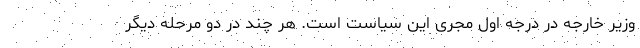
وزیر خارجه در درجه اول مجری این سیاست است. هر چند در دو مرحله دیگر